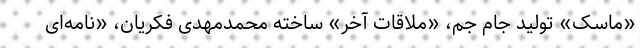
«ماسک» تولید جام جم، «ملاقات آخر» ساخته محمدمهدی فکریان، «نامه‌ای